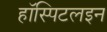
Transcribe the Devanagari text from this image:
हॉस्पिटलइन